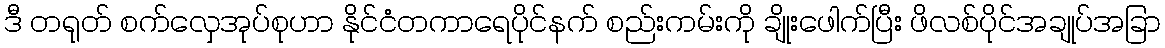
ဒီ တရုတ် စက်လှေအုပ်စုဟာ နိုင်ငံတကာရေပိုင်နက် စည်းကမ်းကို ချိုးဖေါက်ပြီး ဖိလစ်ပိုင်အချုပ်အခြာ